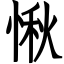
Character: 愀